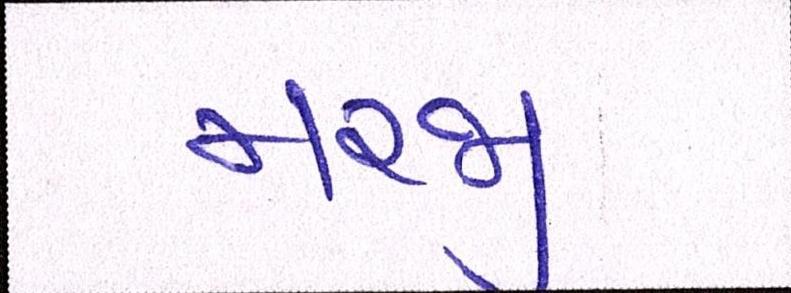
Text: મરજી